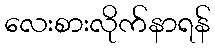
လေးစားလိုက်နာရန်